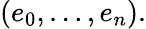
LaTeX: (e_{0},\dots,e_{n}).